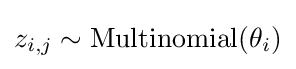
z_{i,j}\sim \operatorname {Multinomial} (\theta _{i})